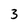
Character: 3